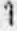
1